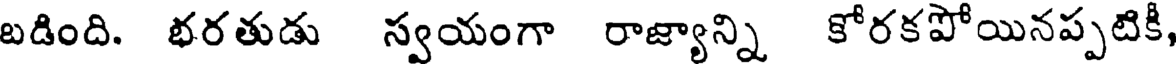
బడింది. భరతుడు స్వయంగా రాజ్యాన్ని కోరకపోయినప్పటికి,